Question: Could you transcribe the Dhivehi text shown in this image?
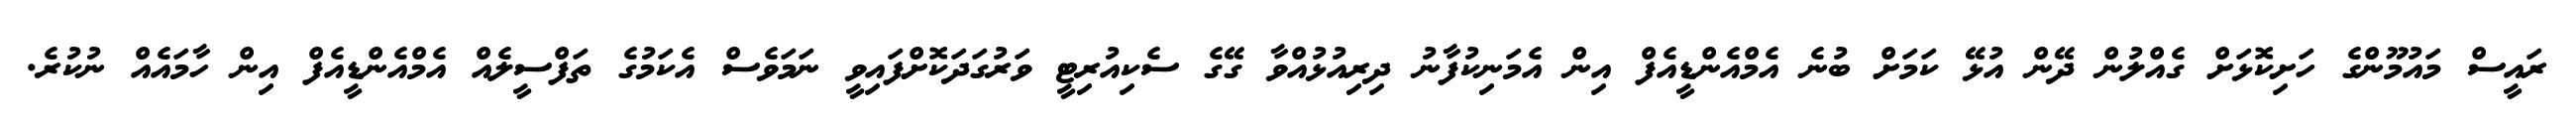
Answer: ރައީސް މައުމޫންގެ ހަށިކޮޅަށް ގެއްލުން ދޭން އުޅޭ ކަމަށް ބުނެ އެމްއެންޑީއެފް އިން އެމަނިކުފާނު ދިރިއުޅުއްވާ ގޭގެ ސެކިއުރިޓީ ވަރުގަދަކޮށްފައިވީ ނަމަވެސް އެކަމުގެ ތަފްސީލެއް އެމްއެންޑީއެފް އިން ހާމައެއް ނުކުރެ.